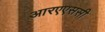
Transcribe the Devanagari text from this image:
आरएएससी